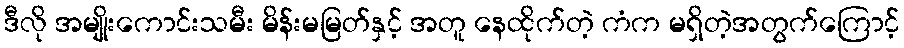
ဒီလို အမျိုးကောင်းသမီး မိန်းမမြတ်နှင့် အတူ နေထိုက်တဲ့ ကံက မရှိတဲ့အတွက်ကြောင့်